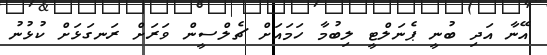
އޭނާ އަދި ބުނީ ޕެނަލްޓީ ލިބުމާ ހަމައަށް ޗެލްސީން ވަރަށް ރަނގަޅަށް ކުޅުނު